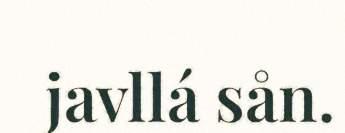
javllá sån.